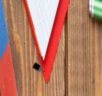
٠